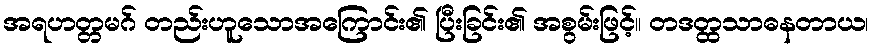
အရဟတ္တမဂ် တည်းဟူသောအကြောင်း၏ ပြီးခြင်း၏ အစွမ်းဖြင့်။ တဒတ္ထသာဓနတာယ၊